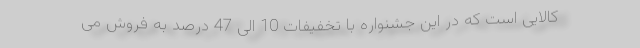
کالایی است که در این جشنواره با تخفیفات 10 الی 47 درصد به فروش می